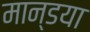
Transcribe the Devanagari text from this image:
मान्डया